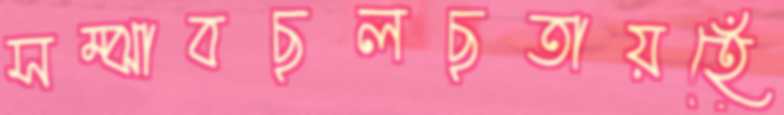
সম্‌ঝাবছলছুতায়হেঁ